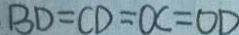
B D = C D = O C = O D